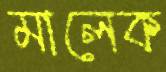
মালেক